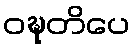
ဝဍ္ဎတိပေ